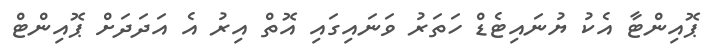
ޕޮއިންޓާ އެކު ޔުނައިޓެޑް ހަތަރު ވަނައިގައި އޮތް އިރު އެ އަދަދަށް ޕޮއިންޓް